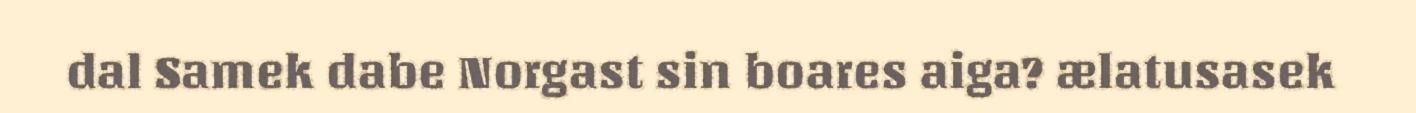
dal Samek dabe Norgast sin boares aiga? ælatusasek